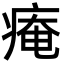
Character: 痷